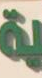
du